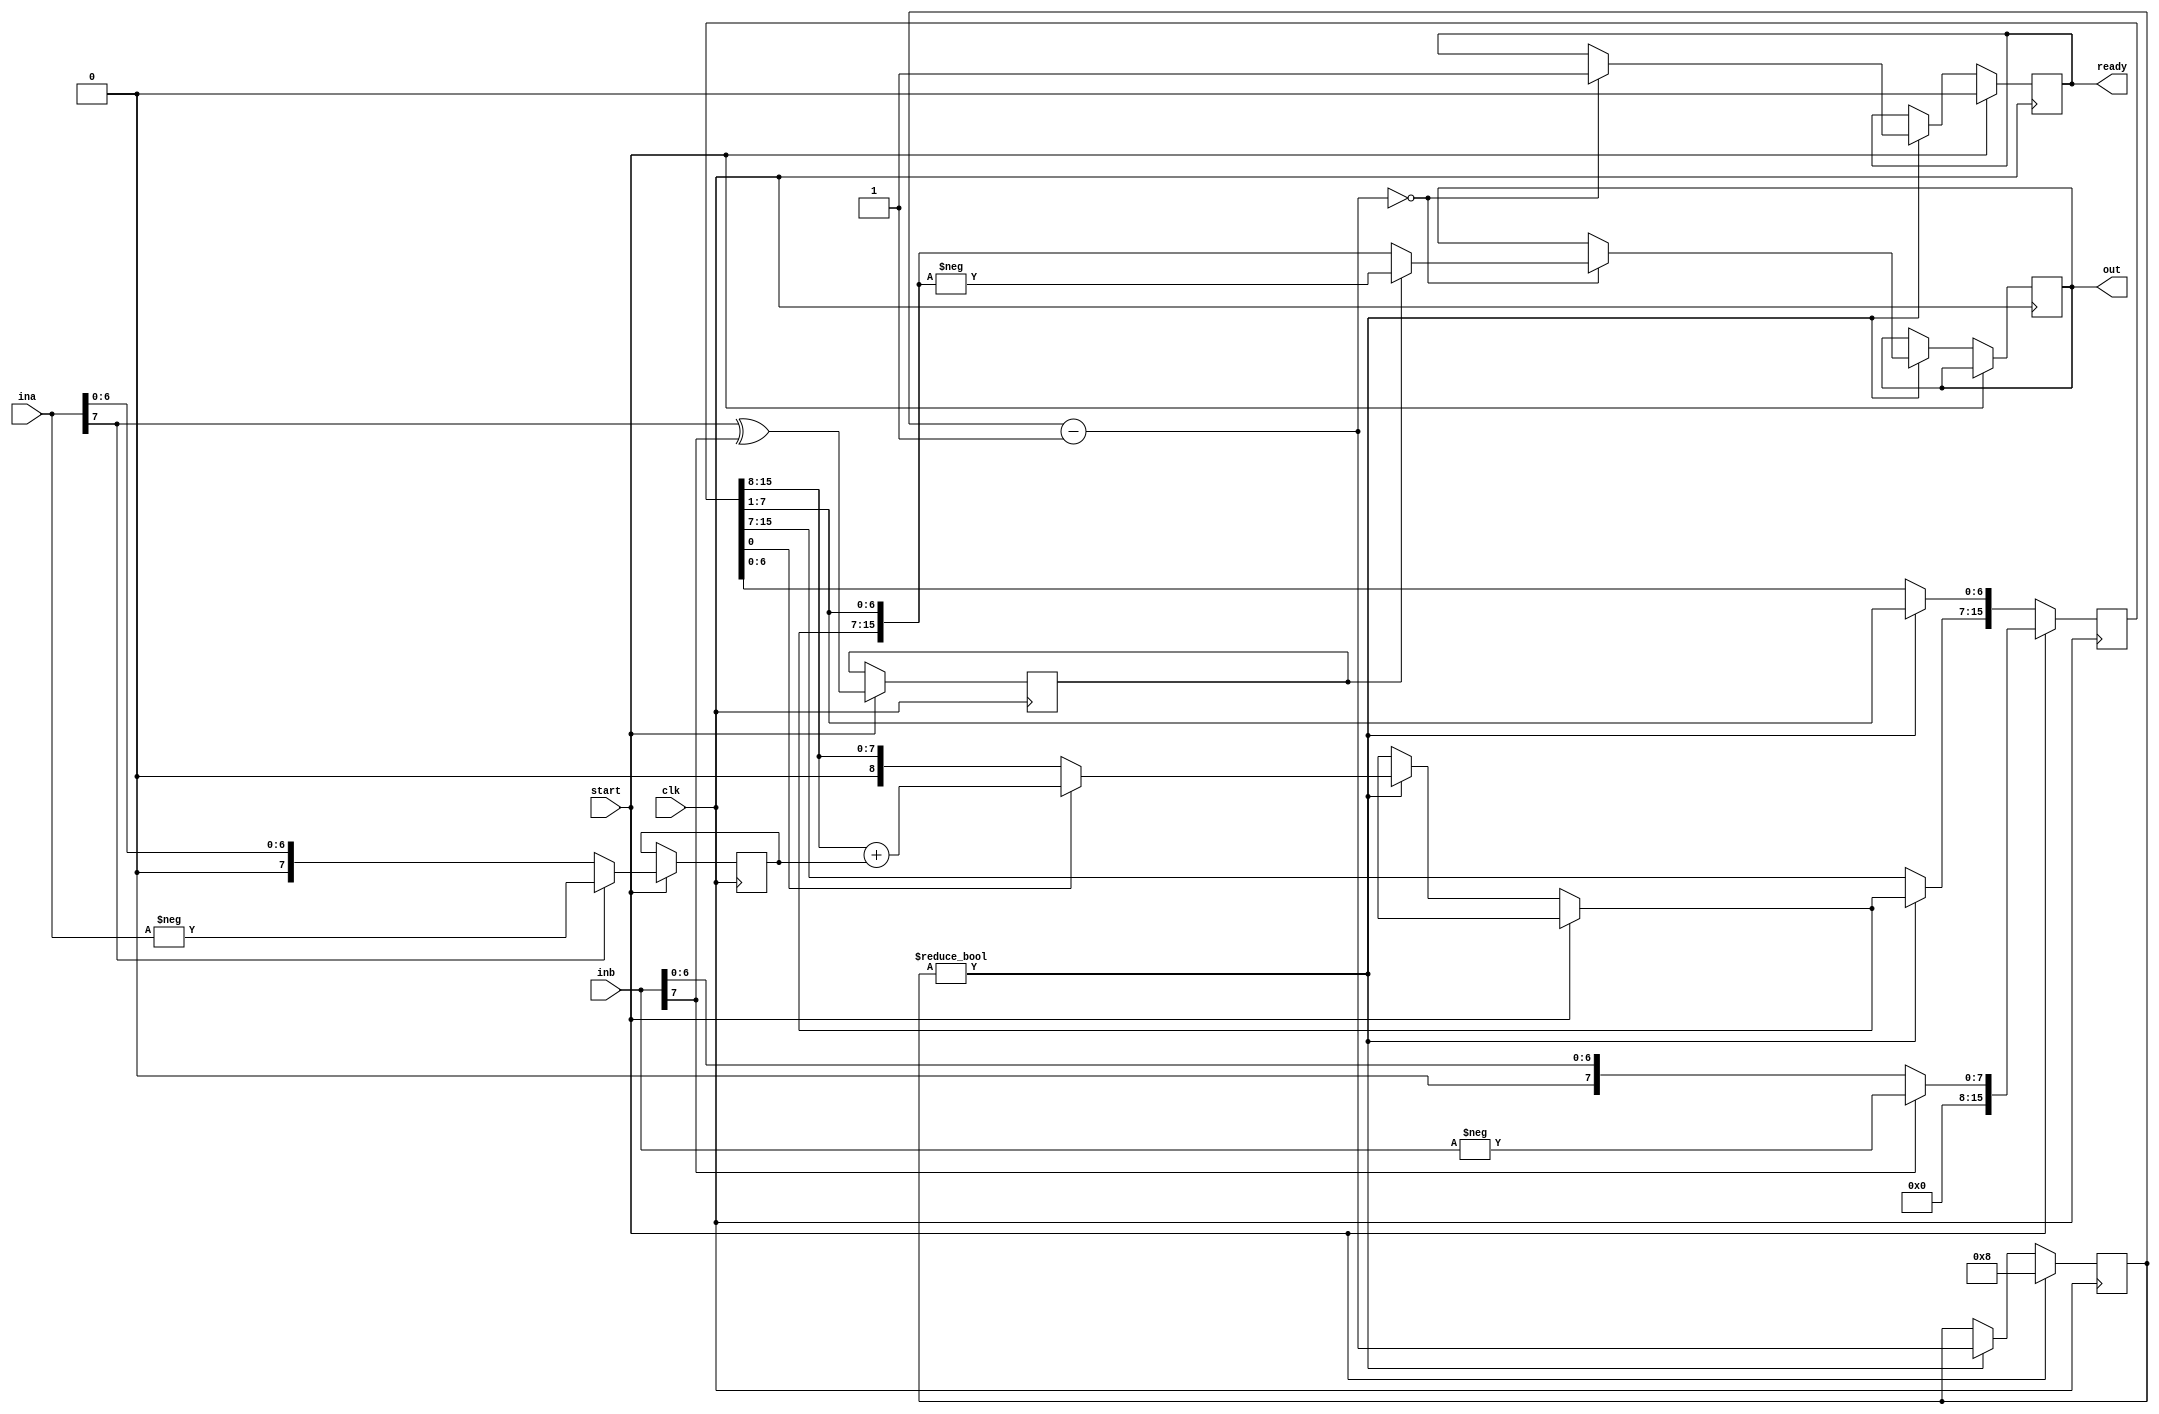
module signed_streamlined_multiplier(ina, inb, clk, start, out, ready);

    parameter WIDTH             = 8;

    input[WIDTH - 1: 0]         ina;
    input[WIDTH - 1: 0]         inb;
    input                       clk;
    input                       start;

    output reg[2*WIDTH-1: 0]    out;
    output reg                  ready;

    reg[2*WIDTH - 1:0]          partial_product;
    reg[4:0]                    bit_count;
    reg[WIDTH-1: 0]             multiplicand;
    reg                         out_sign;
    
    always @(posedge clk)
    begin : mult_block
        reg lsb;

        if(start == 1'b1) begin
            multiplicand = absolute(ina);
            bit_count          = WIDTH;
            partial_product = {{WIDTH+1{1'b0}}, absolute(inb)};
            ready        = 1'b0;
            out_sign     = ina[WIDTH-1] ^ inb[WIDTH-1];
        end

        else if(bit_count != 4'b0) begin
            
            lsb = partial_product[0];
            
            partial_product = partial_product >> 1;
            bit_count          = bit_count - 1;
            
            if(lsb == 1'b1)
                partial_product[2*WIDTH-1:WIDTH-1] = partial_product[2*WIDTH-2:WIDTH-1] + multiplicand;
            
            if(bit_count == 1'b0) begin
                out = out_sign?-partial_product:partial_product;
                ready = 1'b1; 
            end
        end
    end

    function[WIDTH-1:0] absolute;
        input[WIDTH-1:0] in;

        absolute = (in[WIDTH-1])? -in : in;
    endfunction
    
endmodule